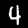
Digit: 4